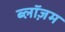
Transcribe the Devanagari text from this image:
ब्लॉज़म